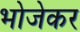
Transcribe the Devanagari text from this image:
भोजेकर